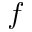
f